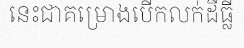
នេះជាគម្រោងបើកលក់ដីធ្លី